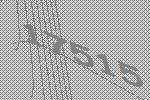
17515